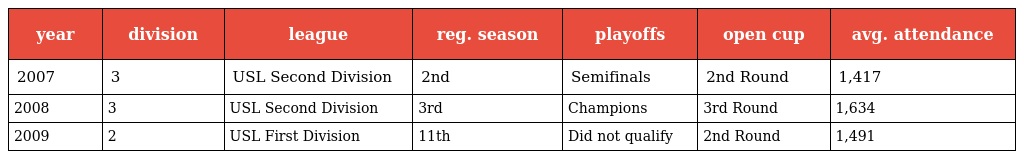
| year | division | league | reg. season | playoffs | open cup | avg. attendance |
 | --- | --- | --- | --- | --- | --- | --- |
 | 2007 | 3 | USL Second Division | 2nd | Semifinals | 2nd Round | 1,417 |
 | 2008 | 3 | USL Second Division | 3rd | Champions | 3rd Round | 1,634 |
 | 2009 | 2 | USL First Division | 11th | Did not qualify | 2nd Round | 1,491 |